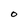
Character: O